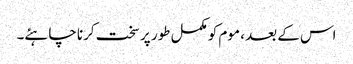
اس کے بعد ، موم کو مکمل طور پر سخت کرنا چاہئے۔